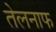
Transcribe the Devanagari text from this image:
तेलनाफ